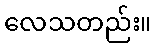
လေသတည်း။